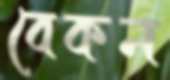
বেকন